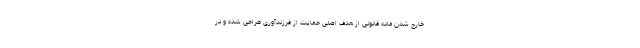
خارج شدن ماده قانونی از هدف اصلی حمایت از فرزندآوری طراحی شده و در